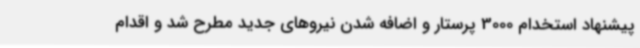
پیشنهاد استخدام 3000 پرستار و اضافه شدن نیروهای جدید مطرح شد و اقدام